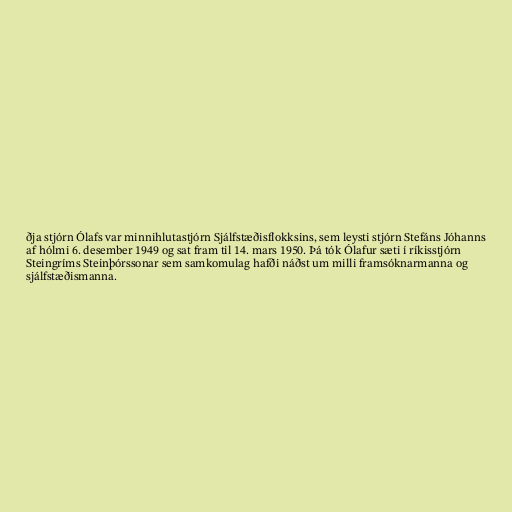
ðja stjórn Ólafs var minnihlutastjórn Sjálfstæðisflokksins, sem leysti stjórn Stefáns Jóhanns
af hólmi 6. desember 1949 og sat fram til 14. mars 1950. Þá tók Ólafur sæti í ríkisstjórn
Steingríms Steinþórssonar sem samkomulag hafði náðst um milli framsóknarmanna og
sjálfstæðismanna.